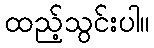
ထည့်သွင်းပါ။